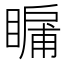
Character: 𭿛